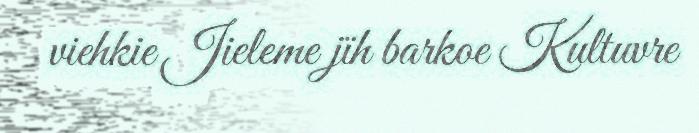
viehkie Jieleme jïh barkoe Kultuvre